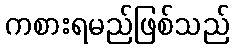
ကစားရမည်ဖြစ်သည်